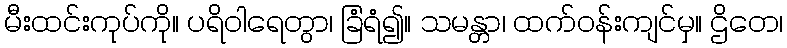
မီးထင်းကုပ်ကို။ ပရိဝါရေတွာ၊ ခြံရံ၍။ သမန္တာ၊ ထက်ဝန်းကျင်မှ။ ဌိတေ၊